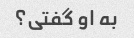
به او گفتی؟